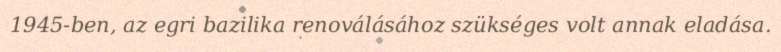
1945-ben, az egri bazilika renoválásához szükséges volt annak eladása.